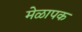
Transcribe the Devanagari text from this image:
मेळापक